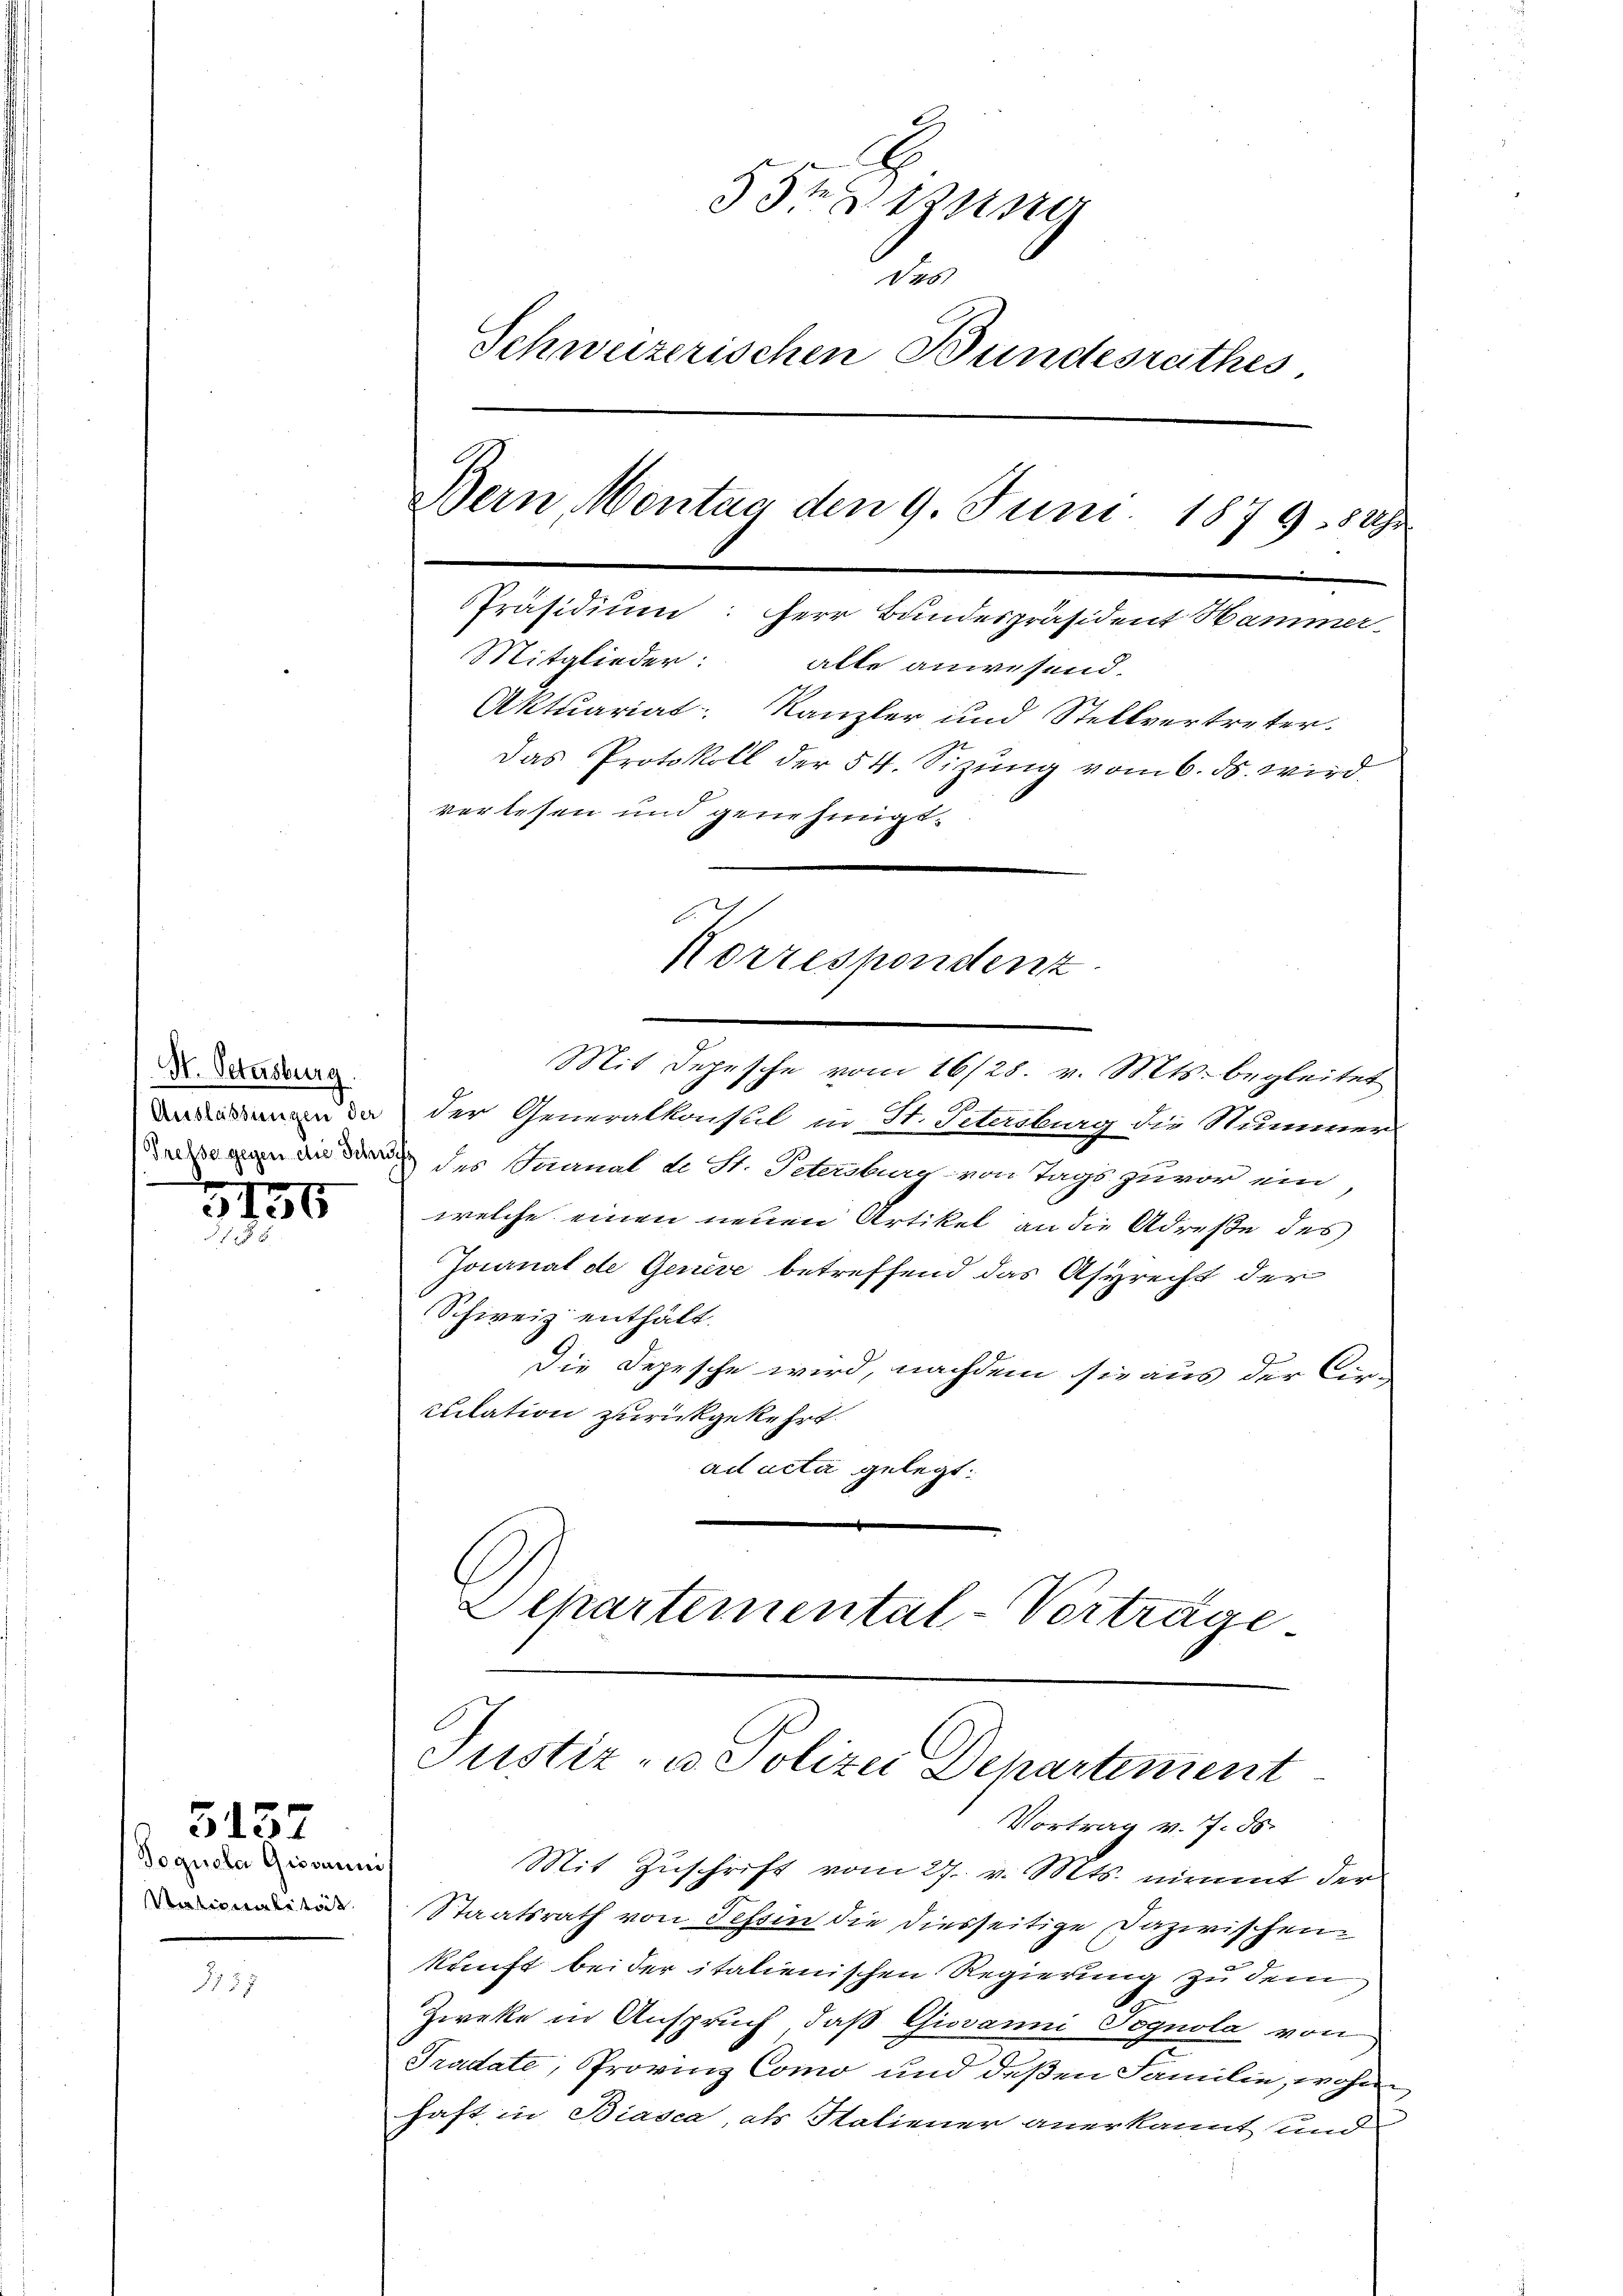
H. Petersburg
Auslassungen der

3195

Poguola Giovanni
Nationalität.

5152

127

hatzung
des
Schweizerischen Bundesrathes
Bern Mentag den 9. Juni 1879. 849.
Präsidium: Herr Bundespräsident Hammer-
Mitglieder: alle anwesend.
Aktuariat: Kanzler und Stellvertreter.
Das Protokoll der 54. Sizŭng vom 6. ds. wird.
verlesen und genehmigt.

der Generalkonsul in St. Petersburg die Stummer
Beisegen die durch des Kanal d. St. Schuber von Tags zuvor ein
welche einen neuen Artikel an die Adresse des
Journal de Genere betreffend das Asyrecht der
Schweiz enthält.
die Depesche wird, nachdem sie aus der Cor-
cilation zurückgekehrt.
ad acta gelegt.
Departemental-Vertrage

Justiz- u. Polizei Departement
Vortrag v. 7. d.

Korrespondenz
Mit Depesche vom 16/28. v. Mts. begleitet

Mit Zuschrift vom 27. v. Mts. nimmt der
Staatsrath von Tessin die diesseitige Dazwischen.
kunft beider italienischen Regierung zu dem
.
Zweke in Anspruch, daß Giovanni Pognola von
Tradate, Provinz Como und deßen Familie, wohn
haft in Biasca, als Statiener anerkannt und